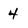
Character: 4